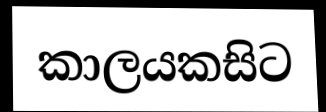
කාලයකසිට